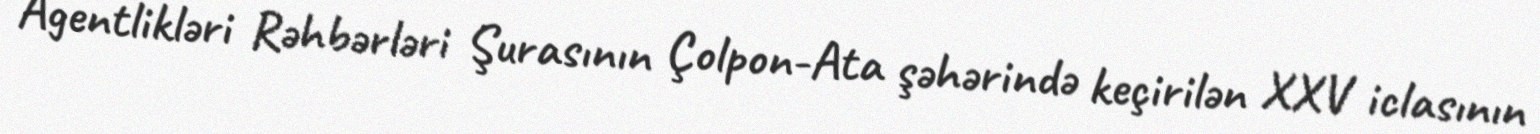
Agentlikləri Rəhbərləri Şurasının Çolpon-Ata şəhərində keçirilən XXV iclasının